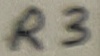
Text: R3